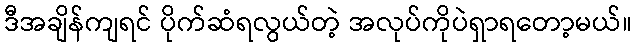
ဒီအချိန်ကျရင် ပိုက်ဆံရလွယ်တဲ့ အလုပ်ကိုပဲရှာရတော့မယ်။